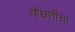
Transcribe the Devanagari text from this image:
गोधणीचा